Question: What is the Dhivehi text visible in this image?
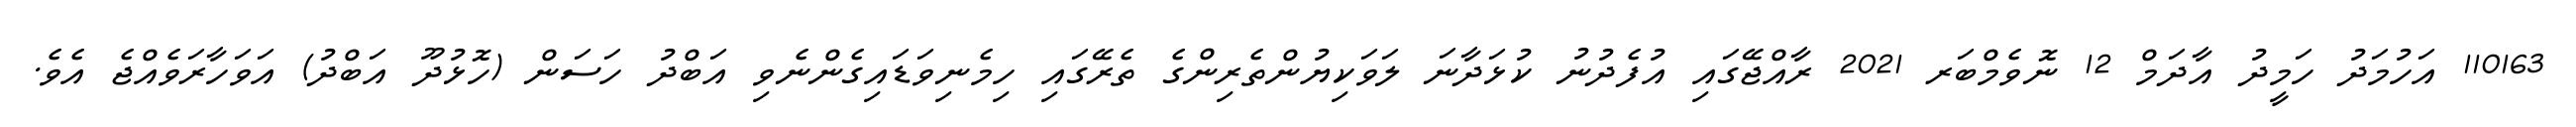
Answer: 110163 އަހުމަދު ހަމީދު އާދަމް 12 ނޮވެމްބަރ 2021 ރާއްޖޭގައި އުފެދުނު ކުޅަދާނަ ލަވަކިޔުންތެރިންގެ ތެރޭގައި ހިމެނިވަޑައިގެންނެވި އަބްދު ހަސަން (ހޮޅުދޫ އަބްދު) އަވަހާރަވެއްޖެ އެވެ.